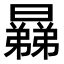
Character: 𣋥